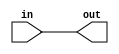
module rotate_right #(
	parameter M = 4,
	parameter S = 0
) (
	input [M-1:0] in,
	output [M-1:0] out
);
	wire [M*2-1:0] in2 = {in, in};
	assign out = in2[S%M+:M];
endmodule